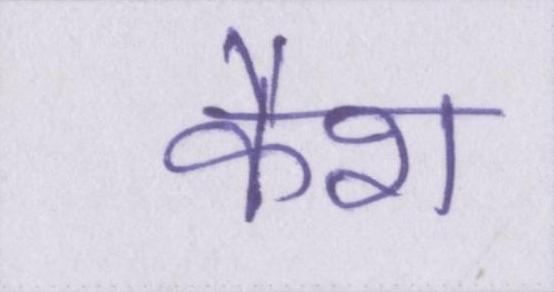
कैश